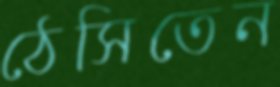
ঠেসিতেন